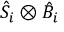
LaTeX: { \hat { S } } _ { i } \otimes { \hat { B } } _ { i }